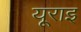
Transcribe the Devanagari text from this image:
यूराइ